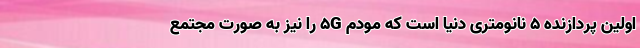
اولین پردازنده ۵ نانومتری دنیا است که مودم 5G را نیز به صورت مجتمع